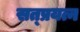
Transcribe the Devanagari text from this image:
सत्प्रयत्न